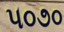
૫૦૭૦